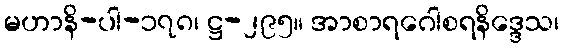
မဟာနိ-ပါ-၁၇၈၊ ဋ္ဌ-၂၉၅။ အာစာရဂေါစရနိဒ္ဒေသ၊